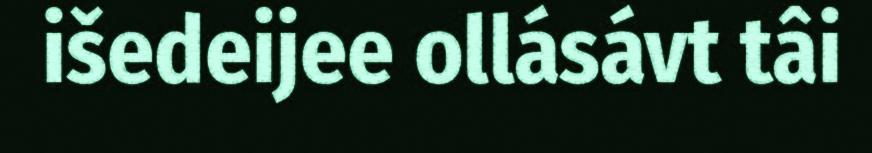
išedeijee ollásávt tâi